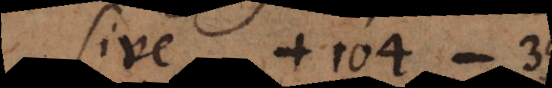
sive +104 − 35.